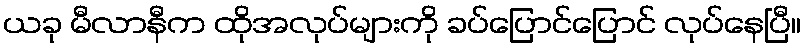
ယခု မီလာနီက ထိုအလုပ်များကို ခပ်ပြောင်ပြောင် လုပ်နေပြီ။